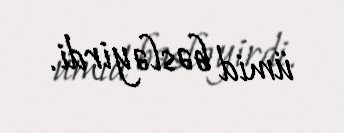
ümid bəsləyirdi.